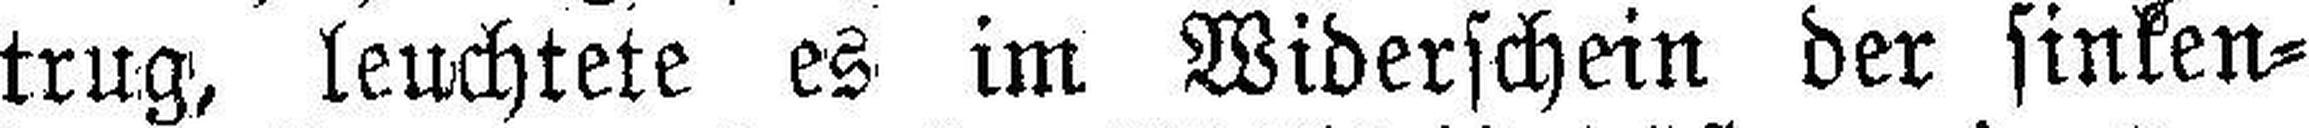
trug, leuchtete es im Widerschein der sinken¬